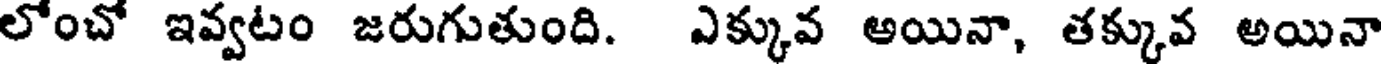
లోంచో ఇవ్వటం జరుగుతుంది. ఎక్కువ అయినా, తక్కువ అయినా